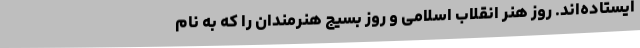
ایستاده‌اند. روز هنر انقلاب اسلامی و روز بسیج هنرمندان را که به نام